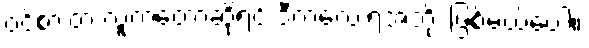
ဝင်စားတဲ့ လူကတော့ဆိုရင် ဒီကလေးရဲ့အဘိုး ဖြစ်မယ်ပေါ့။